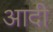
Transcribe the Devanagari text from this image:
अादी